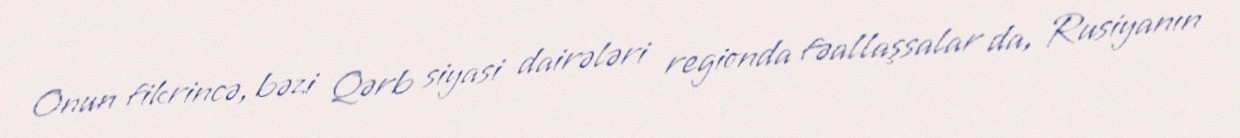
Onun fikrincə, bəzi Qərb siyasi dairələri regionda fəallaşsalar da, Rusiyanın